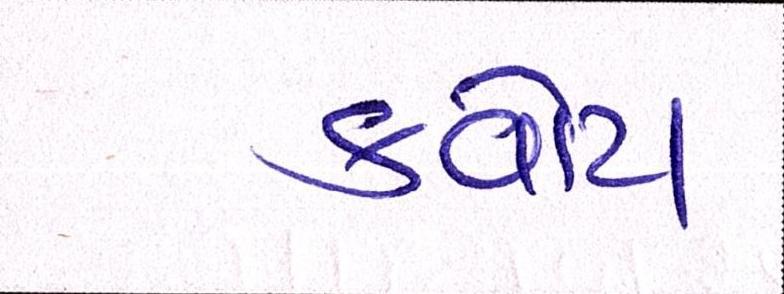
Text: ક્વોટા